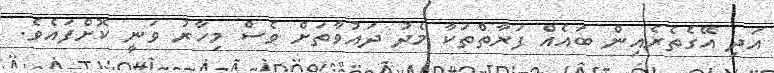
އަދި އޭގެތެރެއިން ބައެއް ފަރާތްތަކާ މެދު ދައުވާތަށް ވެސް މިހާރު ވަނީ ކޮށްފައެވެ.